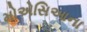
મોએસિઆના